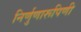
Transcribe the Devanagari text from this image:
निर्णुणारूपिणी